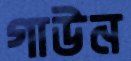
গাউন